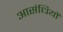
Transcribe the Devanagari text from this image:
आसंधियों